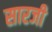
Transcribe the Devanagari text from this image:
सारजी